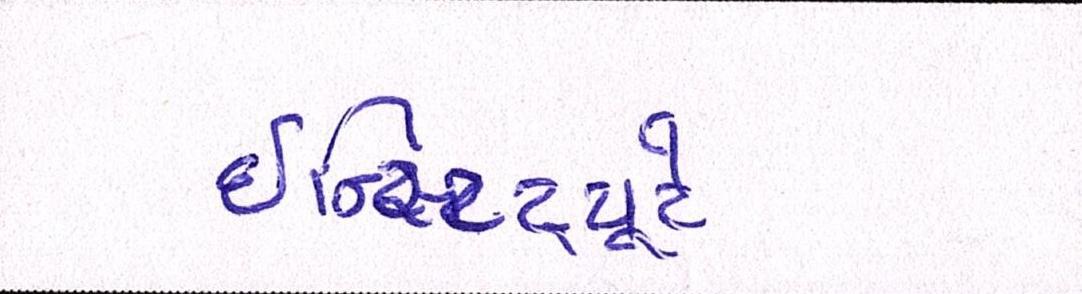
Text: ઇન્સ્ટિટ્યૂટે